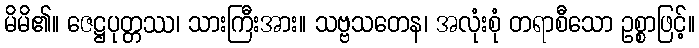
မိမိ၏။ ဇေဋ္ဌပုတ္တဿ၊ သားကြီးအား။ သဗ္ဗသတေန၊ အလုံးစုံ တရာစီသော ဥစ္စာဖြင့်။